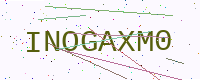
Text: INOGAXM0